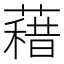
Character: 𮑭